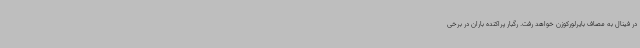
در فینال به مصاف بایرلورکوزن خواهد رفت. رگبار پراکنده باران در برخی